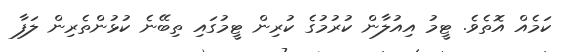
ކަމެއް އޮތެވެ. ޓީމު އިއުލާން ކުރުމުގެ ކުރިން ޓީމުގައި ތިބޭނެ ކުޅުންތެރިން ލަފާ